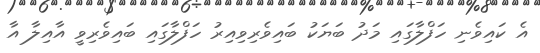
އެ ކައިވެނި ހަފްލާގައި މަދު ބަޔަކު ބައިވެރިވިއިރު ހަފްލާގައި ބައިވެރިވީ އާއިލާ އާ